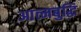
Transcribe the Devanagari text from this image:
आत्मबुद्धि